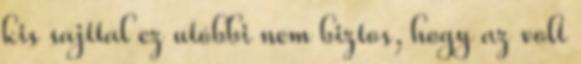
kis sajttal ez utóbbi nem biztos, hogy az volt